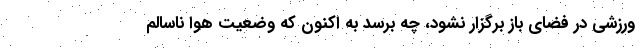
ورزشی در فضای باز برگزار نشود، چه برسد به اکنون که وضعیت هوا ناسالم